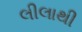
લીલાથી